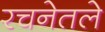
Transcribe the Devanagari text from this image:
रचनेतले